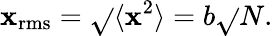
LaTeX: \mathbf{x}_{\mathrm{{rms}}}={\sqrt{}{{\langle\mathbf{x}^{2}\rangle}}}=b{\sqrt{}{{N}}}.